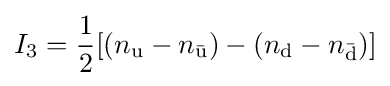
I_{\mathrm {3} }={\frac {1}{2}}[(n_{\mathrm {u} }-n_{\mathrm {\bar {u}} })-(n_{\mathrm {d} }-n_{\mathrm {\bar {d}} })]